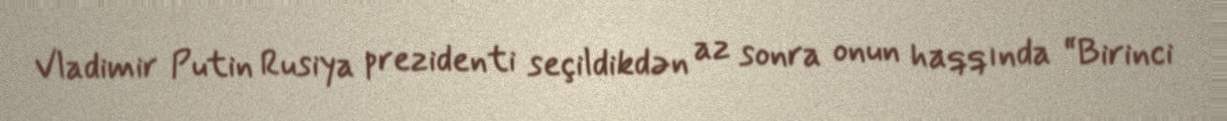
Vladimir Putin Rusiya prezidenti seçildikdən az sonra onun haqqında “Birinci